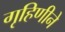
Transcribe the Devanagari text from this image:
गृहिणीने